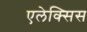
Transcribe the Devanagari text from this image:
एलेक्‍सिस